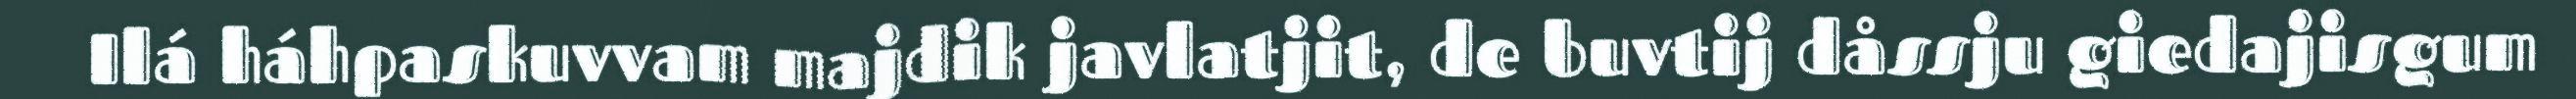
Ilá háhpaskuvvam majdik javlatjit, de buvtij dåssju giedajisgum